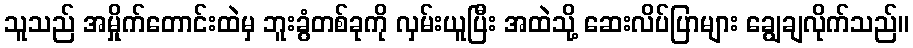
သူသည် အမှိုက်တောင်းထဲမှ ဘူးခွံတစ်ခုကို လှမ်းယူပြီး အထဲသို့ ဆေးလိပ်ပြာများ ချွေချလိုက်သည်။